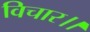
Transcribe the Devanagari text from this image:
विचार।।